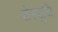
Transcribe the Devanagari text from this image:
सेस्पूचि